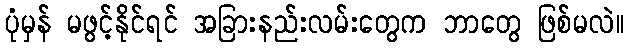
ပုံမှန် မဖွင့်နိုင်ရင် အခြားနည်းလမ်းတွေက ဘာတွေ ဖြစ်မလဲ။